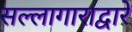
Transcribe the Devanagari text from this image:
सल्लागाराद्वारे